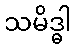
သမိဒ္ဓါ